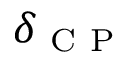
\delta _ { \mathrm { ~ C ~ P ~ } }